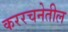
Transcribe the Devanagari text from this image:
कररचनेतील